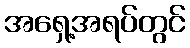
အရှေ့အရပ်တွင်